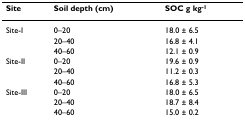
| Site | Soil depth (cm) | SOC g kg-1 |
 | --- | --- | --- |
 | Site-I | 0–20 | 18.0 ± 6.5 |
 |  | 20–40 | 16.8 ± 4.1 |
 |  | 40–60 | 12.1 ± 0.9 |
 | Site-II | 0–20 | 19.6 ± 0.9 |
 |  | 20–40 | 11.2 ± 0.3 |
 |  | 40–60 | 16.8 ± 5.3 |
 | Site-III | 0–20 | 18.0 ± 6.5 |
 |  | 20–40 | 18.7 ± 8.4 |
 |  | 40–60 | 15.0 ± 0.2 |